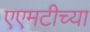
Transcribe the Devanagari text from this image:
एएमटीच्या